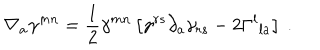
LaTeX: \nabla _ { a } \gamma ^ { m n } = { \frac { 1 } { 2 } } \gamma ^ { m n } \left[ \gamma ^ { r s } \partial _ { a } \gamma _ { r s } - 2 \Gamma ^ { l } { } _ { l a } \right] \ .